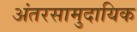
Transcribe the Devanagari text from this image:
अंतरसामुदायिक